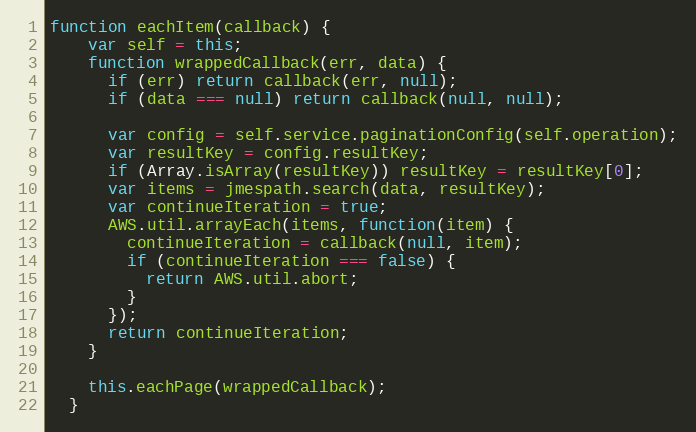
Language: JavaScript
function eachItem(callback) {
    var self = this;
    function wrappedCallback(err, data) {
      if (err) return callback(err, null);
      if (data === null) return callback(null, null);

      var config = self.service.paginationConfig(self.operation);
      var resultKey = config.resultKey;
      if (Array.isArray(resultKey)) resultKey = resultKey[0];
      var items = jmespath.search(data, resultKey);
      var continueIteration = true;
      AWS.util.arrayEach(items, function(item) {
        continueIteration = callback(null, item);
        if (continueIteration === false) {
          return AWS.util.abort;
        }
      });
      return continueIteration;
    }

    this.eachPage(wrappedCallback);
  }